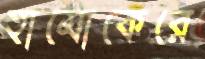
হামোকেরে